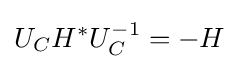
U_{C}H^{*}U_{C}^{-1}=-H